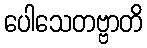
ပေါသေတဗ္ဗာတိ